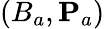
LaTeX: (B_{a},{\mathbf P}_{a})